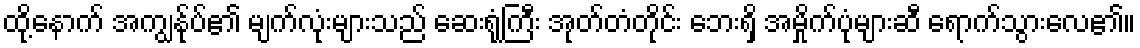
ထို့နောက် အကျွန်ုပ်၏ မျက်လုံးများသည် ဆေးရုံကြီး အုတ်တံတိုင်း ဘေးရှိ အမှိုက်ပုံများဆီ ရောက်သွားလေ၏။